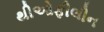
થીઓફીલીન